Papers set at the Examination for Leaving Certificates, 1890
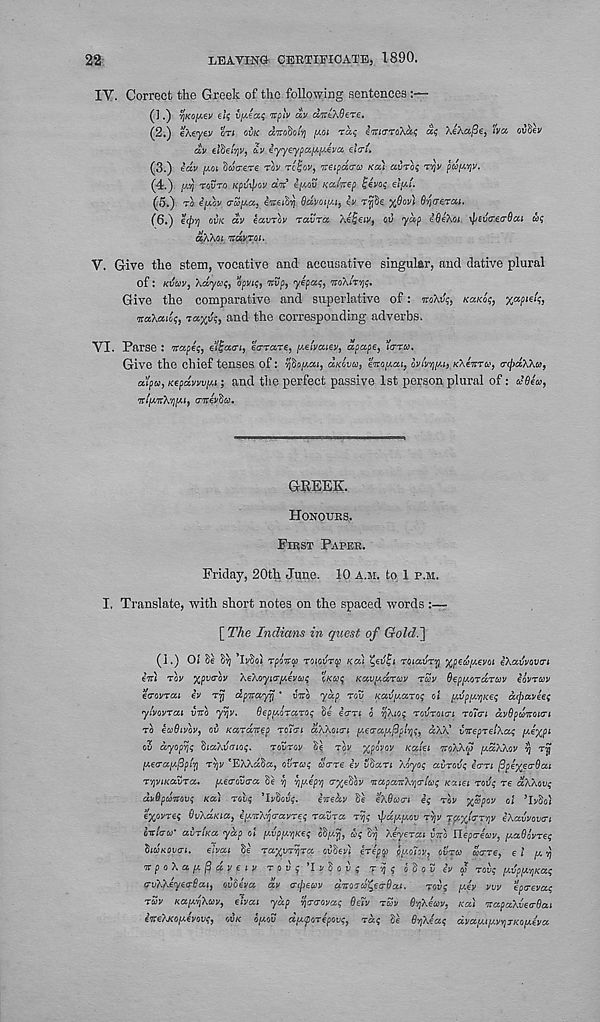
22
LEAVING CERTIFICATE, 1890.
IV. Correct the Greek of the following sentences
(1.) r : Kc[;.€v eZ; l/tea; itpiv aV airtAfleTe.
(2.) eXeyev OTI OVK ditohalri piot Taf im<TTo\as a? XeXajSe, Iva ov&v
dV eltielyi/, tu' iyyeypapiiJ.eim cltri.
(3.) eav JHOI Swo-ere rov refov, ireipda-a Ka.) auro; T'^ puftyv.
(4.) jtti) TOVTO Kftjipw «V ey.oC Kalicep fevo; eifti’.
(5.) TO f-^ov o-S^a, ewsiSi) Bavoi^i, ey TojiSe %9oyl Sypersu.
(6.) 6(^)J owt ay lauroy raura Aefeiy, cu ■yap efieXoi. \psila-.ec6ai it;
^AXoi irayroi.
V. Give the stem, vocative and accusative singular, and dative plural
of: Kti&jy, Ady&s, opyj?, tcvp, yepca;, OTOAIT^;.
Give the comparative and superlative of: TTOAIZ;, KCCKOI;, %apielp,
oraXaio?, T«%y;, and the corresponding adverbs.
VI. Parse : wape;, el^aai, eVrars, [/.eivaisv, dpape, ’ia-ru.
Give the chief tenses of: 5)&opta;, aKovoi, eiroptai,
KX^HTU, Tc/idAXw,
a’/pw, Kepdvvvy.i; and the perfect passive 1st person plural of: to flew,
7r>pt7rX5)pu, TTreySw.
GREEK.
HONOURS.
FIRST PAPER.
Friday, 20th June. 10 A.M. to 1 P.M.
I, Translate, with short notes on the spaced words
[T7ie Indians in quest of GoldJ]
(1.) OZ oe S'ij ’lySoJ rpoito) TOIOVTQ) Ka) ^eilE roiavrri %pewy.eyot eXayyouTi
eVi Toy %putroy XeXoyKXy.evcoi; o/tw^ Kavparcov rwy flep/AOTarwy eoyrtoy
eo-oyrai ev ryj dpitayp ' OTTO yap TOO Kaoptaro; oZ pujppcvj/tes dipaveef
y/yoyrat OTTO y^y.
fleppioraro; Se etrTi o ij'Xtos TOI;TO(O-J Tolo-f av6pwmi<ri
TO ewfltyoy, oo /tarairep Tolcn aWoicn ptetrapoMB^, dXX’ yorepTe/Xa? p.e^pt
oS dyopyjf StaXoaio;.
TooToy Se Toy %po'yoy /caiei TTOXXW ptaXXoy Zj rf
iMcatj.fjpip TYjV *EXXdSa, OVT&H; wtTTe ey vdari /Jyot; avroij$ ian ^pi^ecrOai
TyviKavTa. ptecrootra Be
^ptepi) apjeSoy orapaTrX'ptr/w? Kcua TOO? Te aXXoy;
dyflpworoy? Kai Tot; ’XyBoo;.
eVedy Be <i\6acri e; Toy jjSpoy ol ’lyBol
e^oyTe? BvXaKia, eponrX'pcrayTe; raura ryjg ypa/a/Y.iiv T^y TpoxiTTjjy eXayyoutn
oirtcrty* avTLKa yap ol [/.vppcqKOi; oBpcZy,
O'r) Xeyerat OTTO ITeptrewy, pcaflo^Te^
hiOKWq-L. eivai Be Ta%oT^Ta ooBeyi oriprp ppmoy, ovroj dare, el u, v)
orpoXapt^dyeiy TOUf’IySoo? T-p? oBoSeVw TOO? (/.vpiiYiKai;
troAAeyeo-flat, euSeya dy o-epeov aoroTto^ea-flat.
TOO? /J.ey yoy epireya?
TSV KapojXwy, eZyat yap fan-ova; flely TSO frtfkeuv, Ka) orapaXoetrflai
ioteXKopUviiv;, OVK opeou dpuporepov;, TO.; Be fltjAe'a? dya[jiLfj.vy l TKOiv.eya